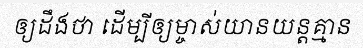
ឲ្យដឹងថា ដើម្បីឲ្យម្ចាស់យានយន្តគ្មាន